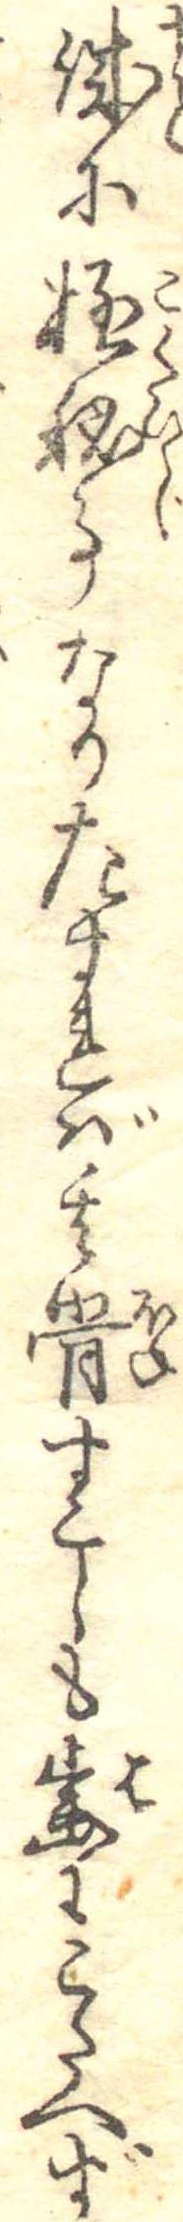
誠に極秘事なりさすれば其骨すこしも歯にこたへず